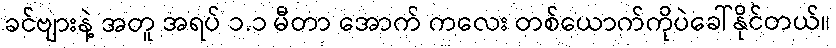
ခင်ဗျားနဲ့ အတူ အရပ် ၁.၁ မီတာ အောက် ကလေး တစ်ယောက်ကိုပဲခေါ်နိုင်တယ်။